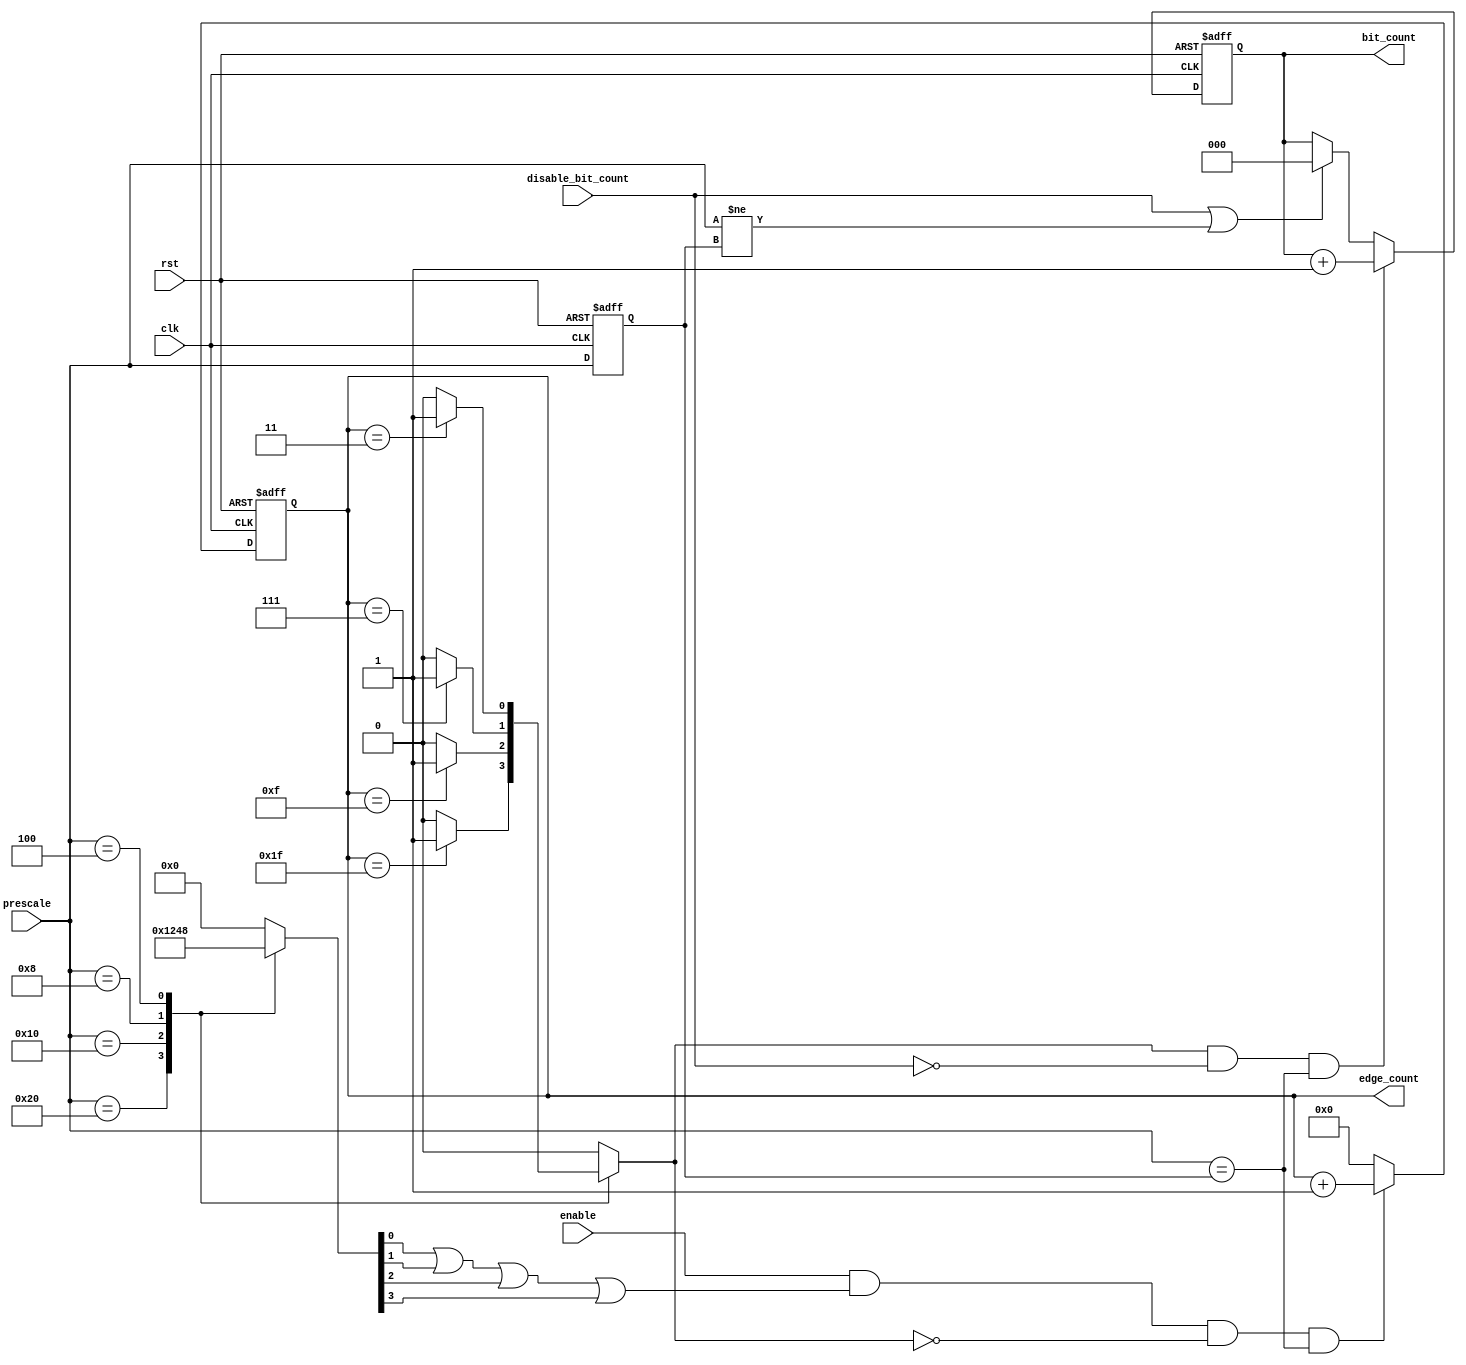
module edge_bit_counter #(parameter prescalar_width = 6, parameter bit_width_count = 3)
						(
						input wire clk,
						input wire rst,
						input wire [prescalar_width-1:0] prescale,
						input wire enable,
						input wire disable_bit_count,
						output reg[bit_width_count-1:0] bit_count,
						output reg[prescalar_width-1:0] edge_count
						);
reg cnt;
reg[3:0] flag;
reg ffag;
reg[prescalar_width-1:0] prescale_reg;
always @(posedge clk or negedge rst) begin
	if(!rst) begin
		edge_count<= {prescalar_width{1'b0}};
	end
	else if(enable && (flag[0] || flag[1] || flag[2] || flag[3] ) && !ffag && (prescale == prescale_reg)) begin
		edge_count <= edge_count + 1;
	end
	else begin
		edge_count <= 6'b0;
	end
end
always @(posedge clk or negedge rst) begin
	if(!rst)
		bit_count <= 4'b0000;
	else if(cnt && !disable_bit_count && (prescale == prescale_reg))
		bit_count <= bit_count + 1;
	else if(disable_bit_count ||  (prescale != prescale_reg))
		bit_count <= 4'b0000;
end

always @(posedge clk or negedge rst) begin
	if(!rst)
		prescale_reg <= 6'b000000;
	else 
		prescale_reg <= prescale;
end
//assign cnt = (flag[0]) ? (edge_count == 6'b011111) : (flag[1]) ? (edge_count == 6'b001111) : (flag[2]) ? (edge_count == 6'b000111) : (flag[3]) ? (edge_count == 6'b000011) : 1'b0;

always @(*) begin
	flag = 4'b0000;
	cnt = 1'b0;
	ffag = 1'b0;
	case (prescale)
		6'b10_0000 : 
		begin
			flag = 4'b0001;
			if(edge_count == 6'b011111)
				begin
					cnt = 1'b1;
					ffag= 1'b1;
				end
			else begin
				cnt = 1'b0;
				ffag = 1'b0;
			end
		end 
		6'b01_0000 :
		begin
			flag = 4'b0010;
			if(edge_count == 6'b001111)
				begin
					cnt = 1'b1;
					ffag= 1'b1;
				end
			else begin
				cnt = 1'b0;
				ffag = 1'b0;
			end
		end 
		6'b00_1000 :
		begin
			flag = 4'b0100;
			if(edge_count == 6'b000111)
				begin
					cnt = 1'b1;
					ffag= 1'b1;
				end
			else begin
				cnt = 1'b0;
				ffag = 1'b0;
			end
		end 
		6'b00_0100 :
		begin
			flag = 4'b1000;
			if(edge_count == 6'b000011)
				begin
					cnt = 1'b1;
					ffag= 1'b1;
				end
			else begin
				cnt = 1'b0;
				ffag = 1'b0;
			end
		end 
		default : begin 
			flag = 4'b0000;
			cnt = 1'b0;
			ffag = 1'b0;
		end
	endcase
end

endmodule